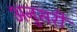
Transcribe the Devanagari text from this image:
अनुसरी